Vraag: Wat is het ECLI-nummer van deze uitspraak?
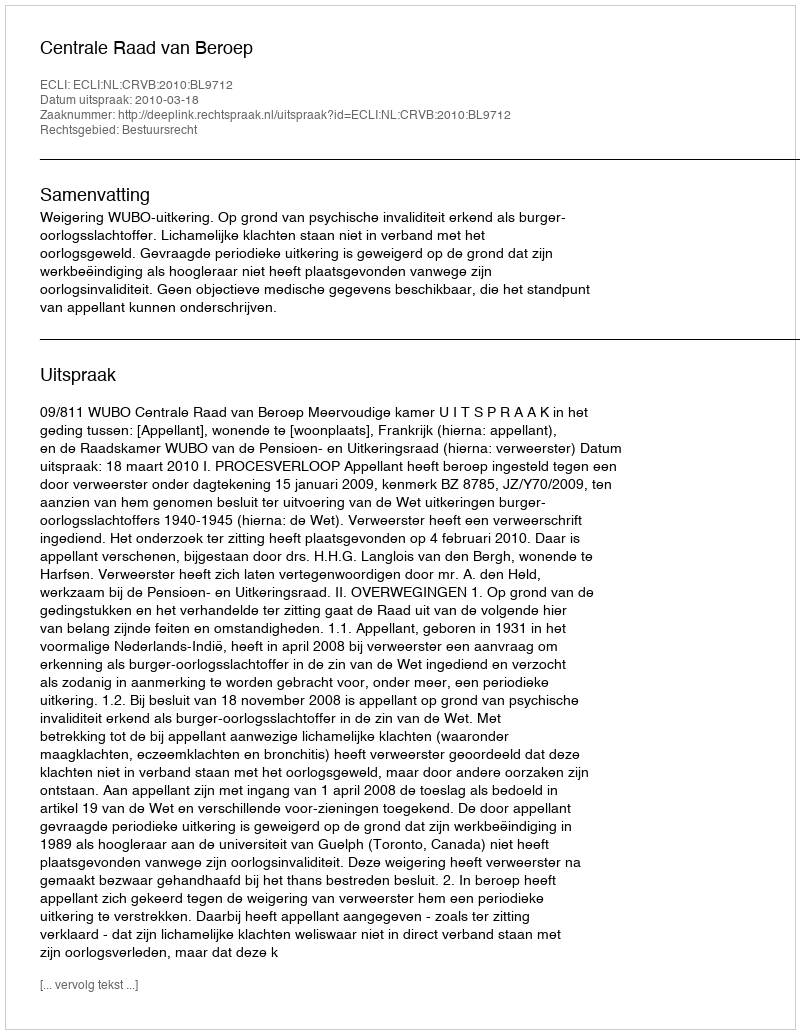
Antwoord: ECLI:NL:CRVB:2010:BL9712